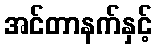
အင်တာနက်နှင့်